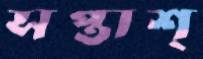
সপ্তাশ্